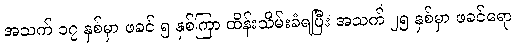
အသက် ၁၇ နှစ်မှာ ဖခင် ၅ နှစ်ကြာ ထိန်းသိမ်းခံရပြီး အသက် ၂၅ နှစ်မှာ ဖခင်ရော